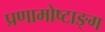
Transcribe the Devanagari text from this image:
प्रणामोष्टाङ्ग